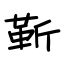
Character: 靳